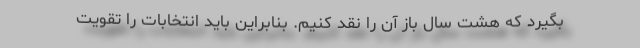
بگیرد که هشت سال باز آن را نقد کنیم. بنابراین باید انتخابات را تقویت